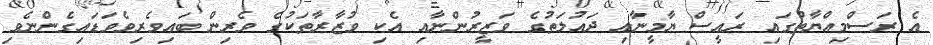
އެ ރަސްމިއްޔާތުގައި ރައީސް ޔާމީނާއި ދައުލަތުގެ ވަޒީރުންނާއި އެކި ވުޒާރާތަކުގެ ވެރިން ބައިވެރިވެވަޑައިގެންނެވި